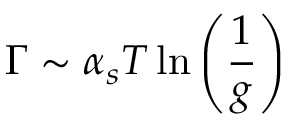
\Gamma \sim \alpha _ { s } T \ln \left( \frac { 1 } { g } \right)